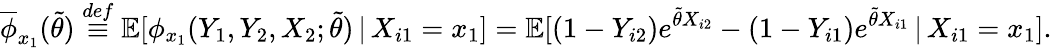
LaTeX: \overline{{\phi}}_{x_{1}}(\widetilde{\theta})\overset{def}{\equiv}\mathbb{E}[\phi_{x_{1}}(Y_{1},Y_{2},X_{2};\widetilde{\theta})\, |\, X_{i1}=x_{1}]=\mathbb{E}[(1-Y_{i2})e^{\widetilde{\theta}X_{i2}}-(1-Y_{i1})e^{\widetilde{\theta}X_{i1}}\, |\, X_{i1}=x_{1}].